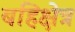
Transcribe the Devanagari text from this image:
बहिक्षेत्र